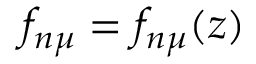
f _ { n \mu } = f _ { n \mu } ( z )